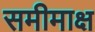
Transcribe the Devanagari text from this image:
समीमाक्ष